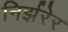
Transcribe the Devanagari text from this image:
निर्झरेर